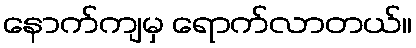
နောက်ကျမှ ရောက်လာတယ်။